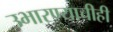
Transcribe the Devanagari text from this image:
उभारण्याचीही